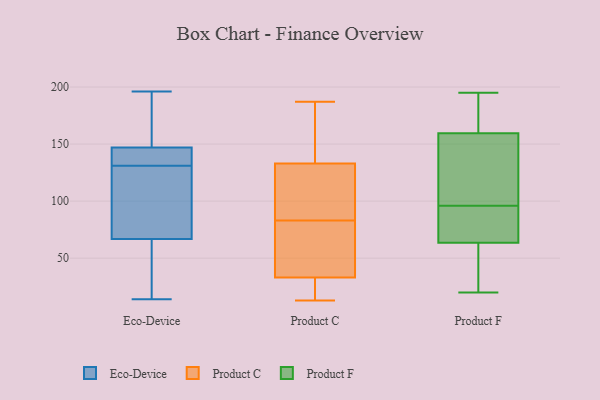
{"axis": {"x": "Humidity (%)", "y": "Value"}, "legend": ["Eco-Device", "Product C", "Product F"], "data": [{"x": "", "y": 131, "type": "Eco-Device"}, {"x": "", "y": 144, "type": "Eco-Device"}, {"x": "", "y": 14, "type": "Eco-Device"}, {"x": "", "y": 117, "type": "Eco-Device"}, {"x": "", "y": 196, "type": "Eco-Device"}, {"x": "", "y": 47, "type": "Eco-Device"}, {"x": "", "y": 148, "type": "Eco-Device"}, {"x": "", "y": 133, "type": "Eco-Device"}, {"x": "", "y": 81, "type": "Eco-Device"}, {"x": "", "y": 190, "type": "Eco-Device"}, {"x": "", "y": 62, "type": "Eco-Device"}, {"x": "", "y": 102, "type": "Product C"}, {"x": "", "y": 150, "type": "Product C"}, {"x": "", "y": 133, "type": "Product C"}, {"x": "", "y": 82, "type": "Product C"}, {"x": "", "y": 123, "type": "Product C"}, {"x": "", "y": 13, "type": "Product C"}, {"x": "", "y": 25, "type": "Product C"}, {"x": "", "y": 187, "type": "Product C"}, {"x": "", "y": 17, "type": "Product C"}, {"x": "", "y": 66, "type": "Product C"}, {"x": "", "y": 84, "type": "Product C"}, {"x": "", "y": 33, "type": "Product C"}, {"x": "", "y": 65, "type": "Product C"}, {"x": "", "y": 163, "type": "Product C"}, {"x": "", "y": 85, "type": "Product F"}, {"x": "", "y": 194, "type": "Product F"}, {"x": "", "y": 195, "type": "Product F"}, {"x": "", "y": 20, "type": "Product F"}, {"x": "", "y": 128, "type": "Product F"}, {"x": "", "y": 52, "type": "Product F"}, {"x": "", "y": 182, "type": "Product F"}, {"x": "", "y": 75, "type": "Product F"}, {"x": "", "y": 40, "type": "Product F"}, {"x": "", "y": 81, "type": "Product F"}, {"x": "", "y": 137, "type": "Product F"}, {"x": "", "y": 107, "type": "Product F"}]}